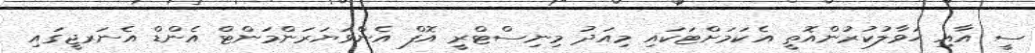
ސީ އާއި ޙަވާލުކުރުންއޮތީ އެކަމަށްޓަކައި މިއަދު މިނިސްޓްރީ އޮފް އެންވަޔަރަންމަންޓް އެންޑް އެނަރޖީގައި